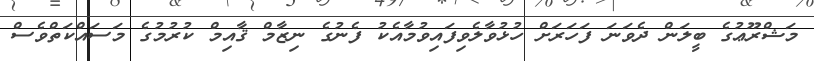
މަޝްރޫޢުގެ ބީލަން ދެވަނަ ފަހަރަށް ހުޅުވާލެވިފައިވުމާއެކު ފެނުގެ ނިޒާމް ޤާއިމް ކުރުމުގެ މަސައްކަތްވެސް